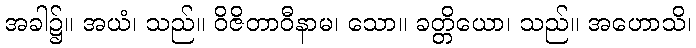
အခါ၌။ အယံ၊ သည်။ ဝိဇိတာဝီနာမ၊ သော။ ခတ္တိယော၊ သည်။ အဟောသိ၊